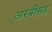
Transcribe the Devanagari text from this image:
अरबीसह